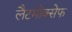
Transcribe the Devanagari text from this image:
लैटमोक्सेफ